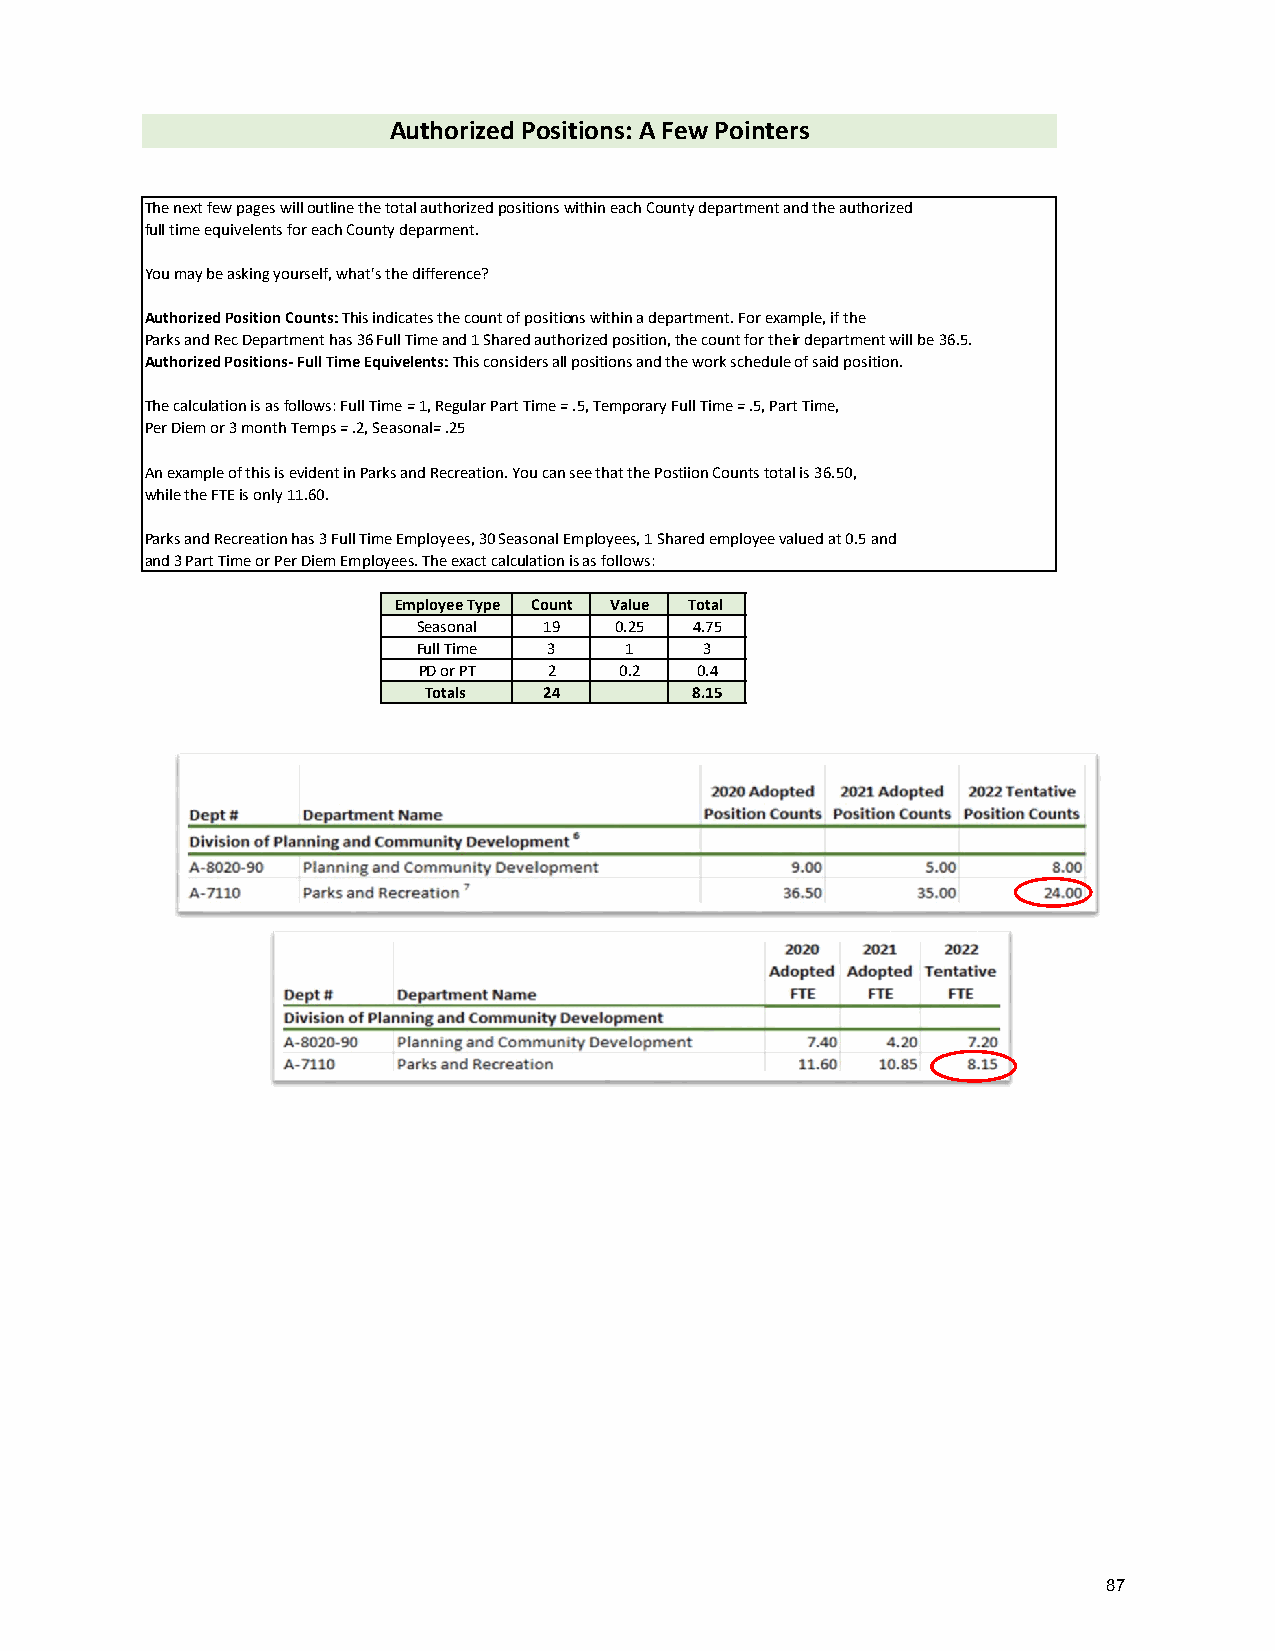
Authorized Positions: A Few Pointers
 The next few pages will outline the total authorized positions within each County department and the authorized
 full time equivelents for each County deparment.
 You may be asking yourself, what's the difference?
 Authorized Position Counts: This indicates the count of positions within a department. For example, if the
 Parks and Rec Department has 36 Full Time and 1 Shared authorized position, the count for their department will be 36.5.
 Authorized Positions‐ Full Time Equivelents: This considers all positions and the work schedule of said position.
 The calculation is as follows: Full Time = 1, Regular Part Time = .5, Temporary Full Time = .5, Part Time,
 Per Diem or 3 month Temps = .2, Seasonal= .25
 An example of this is evident in Parks and Recreation. You can see that the Postiion Counts total is 36.50,
 while the FTE is only 11.60.
 Parks and Recreation has 3 Full Time Employees, 30 Seasonal Employees, 1 Shared employee valued at 0.5 and
 and 3 Part Time or Per Diem Employees. The exact calculation is as follows:
 Employee Type Count Value Total
 Seasonal 19  0.25 4.75
 Full Time 3  1     3
 PD or PT 2   0.2  0.4
 Totals  24        8.15
 87